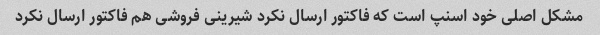
مشکل اصلی خود اسنپ است که فاکتور ارسال نکرد شیرینی فروشی هم فاکتور ارسال نکرد